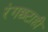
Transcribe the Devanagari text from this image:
रंगछटाही